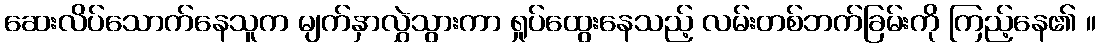
ဆေးလိပ်သောက်နေသူက မျက်နှာလွှဲသွားကာ ရှုပ်ထွေးနေသည့် လမ်းတစ်ဘက်ခြမ်းကို ကြည့်နေ၏ ။